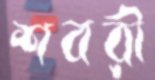
শবরী